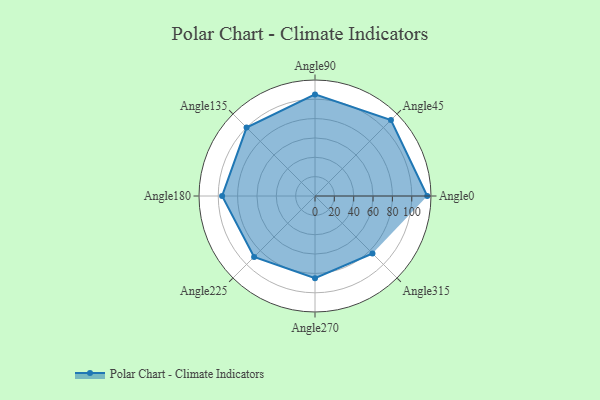
{"axis": {"x": "Angle", "y": "Radius"}, "legend": [""], "data": [{"x": "Angle0", "y": 116.0, "type": ""}, {"x": "Angle45", "y": 111.0, "type": ""}, {"x": "Angle90", "y": 105.0, "type": ""}, {"x": "Angle135", "y": 100.0, "type": ""}, {"x": "Angle180", "y": 96.0, "type": ""}, {"x": "Angle225", "y": 89.0, "type": ""}, {"x": "Angle270", "y": 85.0, "type": ""}, {"x": "Angle315", "y": 84.0, "type": ""}]}